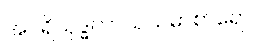
အပရိသုဒ္ဓကာယသမာစာရော